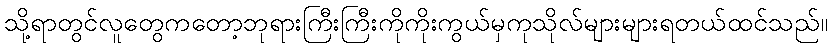
သို့ရာတွင်လူတွေကတော့ဘုရားကြီးကြီးကိုကိုးကွယ်မှကုသိုလ်များများရတယ်ထင်သည်။